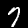
Digit: 7